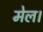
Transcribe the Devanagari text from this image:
मेल।